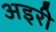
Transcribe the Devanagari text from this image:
अइरी